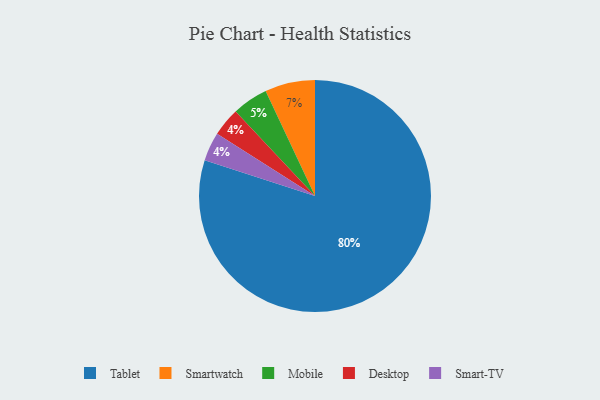
{"axis": {"x": "Category", "y": "Percentage"}, "legend": ["Desktop", "Mobile", "Smart-TV", "Smartwatch", "Tablet"], "data": [{"x": "Smartwatch", "y": 7, "type": "Smartwatch"}, {"x": "Tablet", "y": 80, "type": "Tablet"}, {"x": "Desktop", "y": 4, "type": "Desktop"}, {"x": "Smart-TV", "y": 4, "type": "Smart-TV"}, {"x": "Mobile", "y": 5, "type": "Mobile"}]}